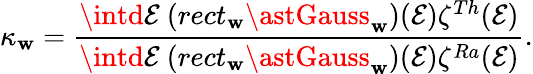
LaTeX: \kappa_{\mathbf{w}}=\frac{{\intd\mathcal{{E}}~(rect_{\mathbf{w}}\astGauss_{\mathbf{w}})(\mathcal{{E}})\zeta^{Th}(\mathcal{{E}})}}{{\intd\mathcal{{E}}~(rect_{\mathbf{w}}\astGauss_{\mathbf{w}})(\mathcal{{E}})\zeta^{Ra}(\mathcal{{E}})}}.